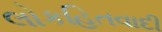
લોકહિતવાદી